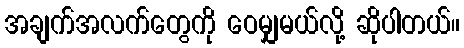
အချက်အလက်တွေကို ဝေမျှမယ်လို့ ဆိုပါတယ်။